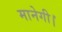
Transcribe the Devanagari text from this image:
मानेगी।